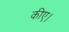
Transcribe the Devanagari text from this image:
कीए।